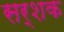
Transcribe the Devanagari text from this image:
सर्शक